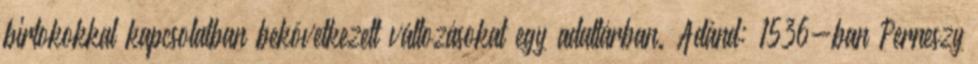
birtokokkal kapcsolatban bekövetkezett változásokat egy adattárban. Adánd: 1536-ban Perneszy